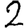
Digit: 2